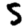
Digit: 5